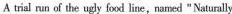
A trial run af the urly food line, named "Natuully